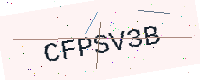
Text: CFPSV3B